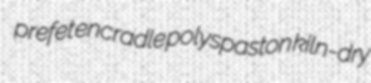
prefet encradle polyspaston kiln-dry